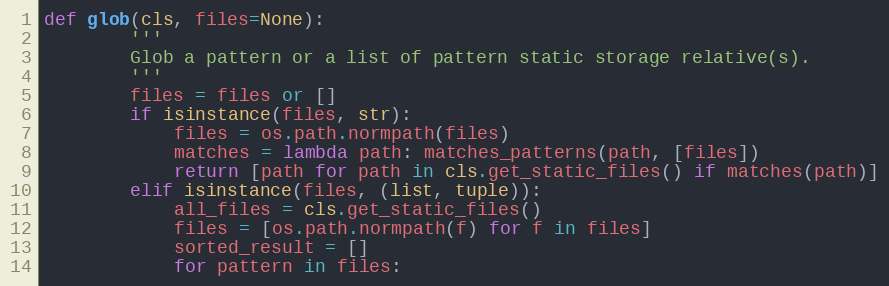
Language: Python
def glob(cls, files=None):
        '''
        Glob a pattern or a list of pattern static storage relative(s).
        '''
        files = files or []
        if isinstance(files, str):
            files = os.path.normpath(files)
            matches = lambda path: matches_patterns(path, [files])
            return [path for path in cls.get_static_files() if matches(path)]
        elif isinstance(files, (list, tuple)):
            all_files = cls.get_static_files()
            files = [os.path.normpath(f) for f in files]
            sorted_result = []
            for pattern in files: